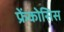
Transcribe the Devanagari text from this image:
फ्रेंकोसिस